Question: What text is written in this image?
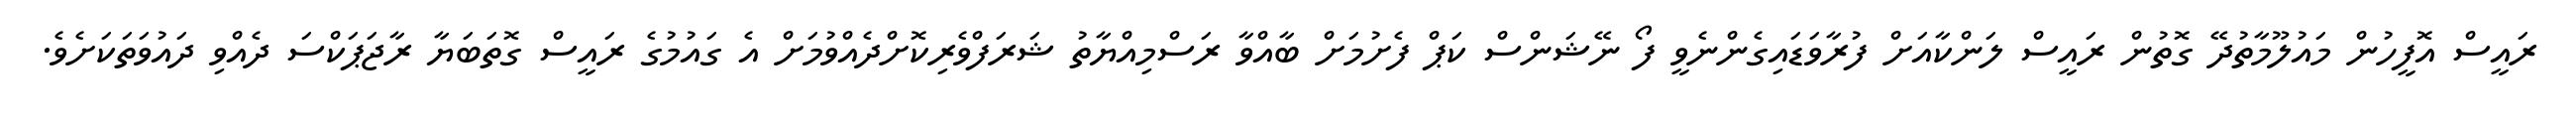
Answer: ރައީސް އޮފީހުން މައުލޫމާތުދޭ ގޮތުން ރައީސް ލަންކާއަށް ފުރާވަޑައިގެންނެވީ ފޯ ނޭޝަންސް ކަޕް ފެށުމަށް ބާއްވާ ރަސްމިއްޔާތު ޝަރަފްވެރިކޮށްދެއްވުމަށް އެ ގައުމުގެ ރައީސް ގޮތަބަޔާ ރާޖަޕަކްސަ ދެއްވި ދައުވަތަކަށެވެ.